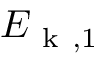
E _ { \mathrm { ~ k ~ } , 1 }